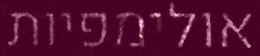
אולימפיות